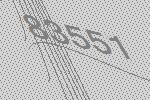
83551